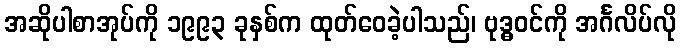
အဆိုပါစာအုပ်ကို ၁၉၉၃ ခုနှစ်က ထုတ်ဝေခဲ့ပါသည်၊ ဗုဒ္ဓဝင်ကို အင်္ဂလိပ်လို